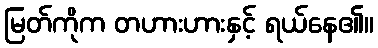
မြတ်ကိုက တဟားဟားနှင့် ရယ်နေ၏။